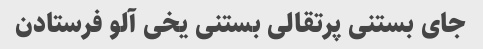
جای بستنی پرتقالی بستنی یخی آلو فرستادن